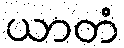
ယာတံ